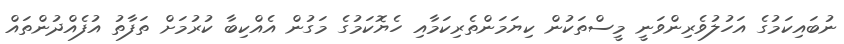
ނުބައިކަމުގެ އަހުލުވެރިންވަނީ މީސްތަކުން ކިޔަމަންތެރިކަމާއި ހެޔޮކަމުގެ މަގުން އެއްކިބާ ކުރުމަށް ތަފާތު އުފެއްދުންތައް